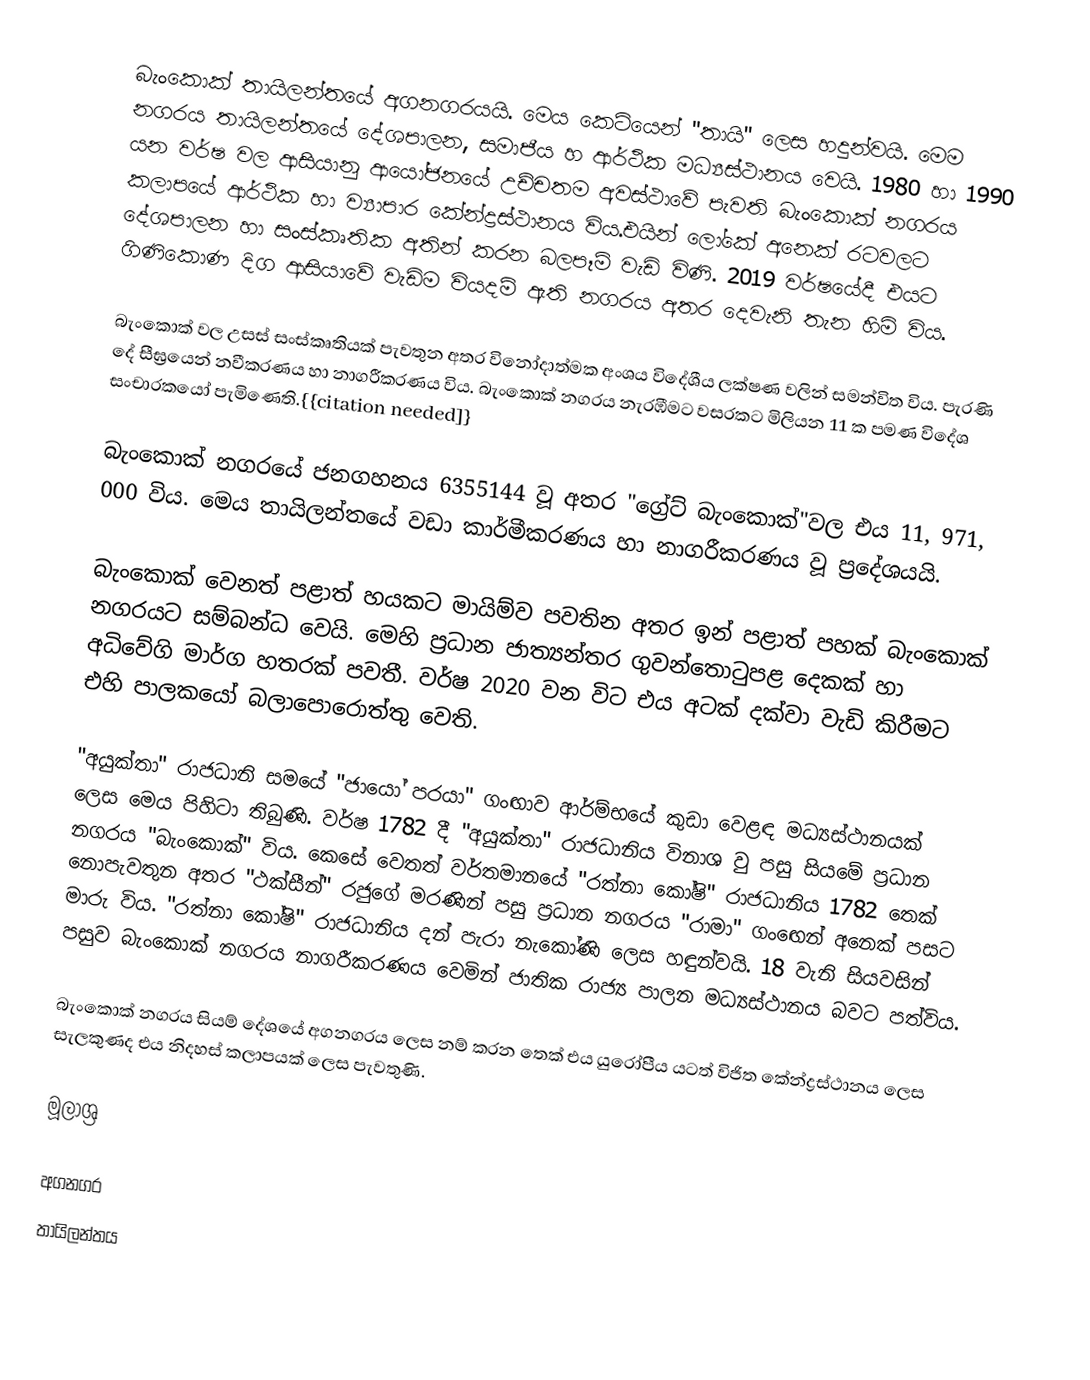
බැංකොක් තායිලන්තයේ අගනගරයයි. මෙය කෙටියෙන් "තායි" ලෙස හදුන්වයි. මෙම නගරය තායිලන්තයේ දේශපාලන, සමාජීය හ ආර්ථික මධ්‍යස්ථානය වෙයි. 1980 හා 1990 යන වර්ෂ වල ආසියානු ආයෝජනයේ උච්චතම අවස්ථාවේ පැවති බැංකොක් නගරය කලාපයේ ආර්ථික හා ව්‍යාපාර කේන්ද්‍රස්ථානය විය.එයින් ලෝකේ අනෙක් රටවලට දේශපාලන හා සංස්කෘතික අතින් කරන බලපෑම් වැඩි විණි. 2019 වර්ෂයේදී එයට ගිණිකොණ දිග ආසියාවේ වැඩිම වියදම් ඇති නගරය අතර දෙවැනි තැන හිමි විය.

බැංකොක් වල උසස් සංස්කෘතියක් පැවතුන අතර විනෝදාත්මක අංශය විදේශීය ලක්ෂණ වලින් සමන්විත විය. පැරණි දේ සීඝ්‍රයෙන් නවීකරණය හා නාගරීකරණය විය. බැංකොක් නගරය නැරඹීමට වසරකට මිලියන 11 ක පමණ විදේශ සංචාරකයෝ පැමිණෙති.{{citation needed]}

බැංකොක් නගරයේ ජනගහනය 6355144 වූ අතර "ග්‍රේට් බැංකොක්"වල එය 11, 971, 000 විය. මෙය තායිලන්තයේ වඩා කාර්මීකරණය හා නාගරීකරණය වූ ප්‍රදේශයයි.

බැංකොක් වෙනත් පළාත් හයකට මායිම්ව පවතින අතර ඉන් පළාත් පහක් බැංකොක් නගරයට සම්බන්ධ වෙයි. මෙහි ප්‍රධාන ජාත්‍යන්තර ගුවන්තොටුපළ දෙකක් හා අධිවේගි මාර්ග හතරක් පවතී. වර්ෂ 2020 වන විට එය අටක් දක්වා වැඩි කිරීමට එහි පාලකයෝ බලාපොරොත්තු වෙති.

"අයුක්තා" රාජධානි සමයේ "ජායෝ පරයා" ගංඟාව ආර්ම්භයේ කුඩා වෙළඳ මධ්‍යස්ථානයක් ලෙස මෙය පිහිටා තිබුණි. වර්ෂ 1782 දී "අයුක්තා" රාජධානිය විනාශ වු පසු සියමේ ප්‍රධාන නගරය "බැංකොක්" විය. කෙසේ වෙතත් වර්තමානයේ "රත්නා කෝෂි" රාජධානිය 1782 තෙක් නොපැවතුන අතර "ථක්සීන්" රජුගේ මරණින් පසු ප්‍රධාන නගරය "රාමා" ගංඟෙන් අනෙක් පසට මාරු විය. "රත්නා කෝෂි" රාජධානිය දන් පැරා නැකෝණි ලෙස හඳුන්වයි. 18 වැනි සියවසින් පසුව බැංකොක් නගරය නාගරීකරණය වෙමින් ජාතික රාජ්‍ය පාලන මධ්‍යස්ථානය බවට පත්විය.

බැංකොක් නගරය සියම් දේශයේ අගනගරය ලෙස නම් කරන තෙක් එය යුරෝපීය යටත් විජිත කේන්ද්‍රස්ථානය ලෙස සැලකුණද එය නිදහස් කලාපයක් ලෙස පැවතුණි.

මූලාශ්‍ර

අගනගර
තායිලන්තය